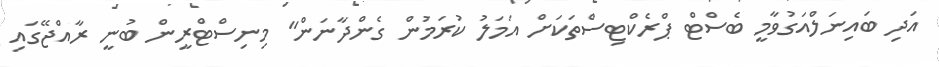
އަދި ބައިނަލްއަގުވާމީ ބެސްޓް ޕްރެކްޓިސްތަކަށް އަމަލު ކުރަމުން ގެންދާނަން" މިނިސްޓްރީން ބުނީ ރާއްޖޭގައި